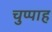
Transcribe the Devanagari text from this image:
चुप्पाह